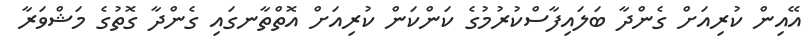
އޭއިން ކުރިއަށް ގެންދާ ބަލައިފާސްކުރުމުގެ ކަންކަން ކުރިއަށް އޮތްތާނގައި ގެންދާ ގޮތުގެ މަޝްވަރާ